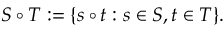
S \circ T : = \{ s \circ t : s \in S , t \in T \} .